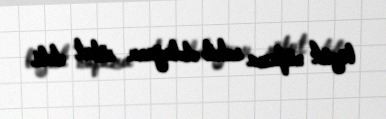
böyük nüfuza sahib olduğunu sübut etdi.